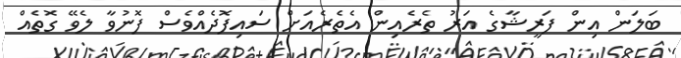
ބަލަން އިން ފަރީޝާގެ އަރު ތެރެއިން އެތެރެއަށް ސައިފޮދެއްވެސް ފޮނުވާ ލެވޭ ގޮތެއް